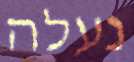
נעלה